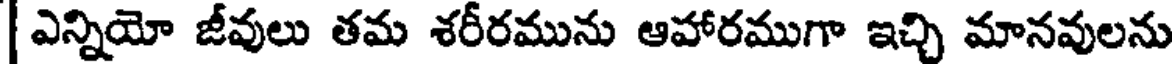
| ఎన్నియో జీవులు తమ శరీరమును ఆహారముగా ఇచ్చి మానవులను